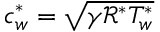
c _ { w } ^ { \ast } = \sqrt { \gamma \mathcal { R } ^ { \ast } T _ { w } ^ { \ast } }